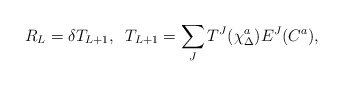
\begin{align*}R_L = \delta T_{L+1},\;\; T_{L+1} = \sum_J T^J(\chi^a_\Delta) E^J(C^a),\end{align*}